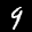
Label: 9